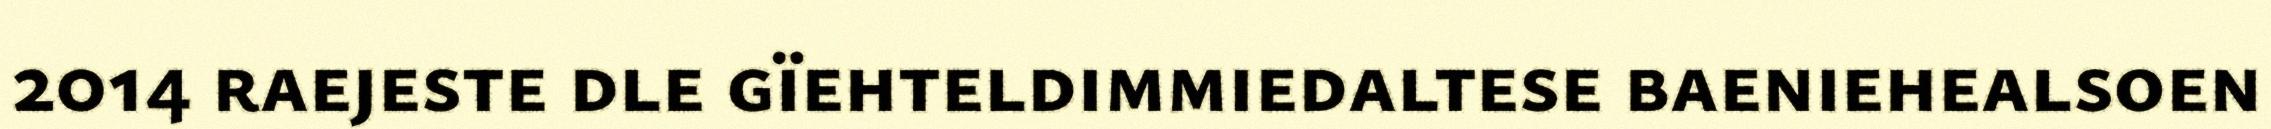
2014 raejeste dle gïehteldimmiedaltese baeniehealsoen